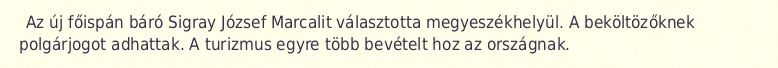
Az új főispán báró Sigray József Marcalit választotta megyeszékhelyül. A beköltözőknek polgárjogot adhattak. A turizmus egyre több bevételt hoz az országnak.